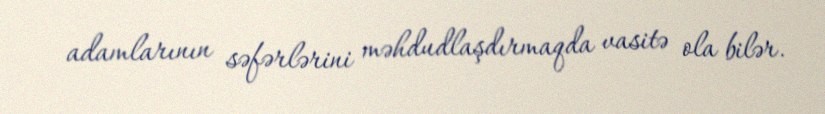
adamlarının səfərlərini məhdudlaşdırmaqda vasitə ola bilər.